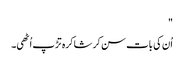
"
اُن کی بات سن کر شاکرہ تڑپ اُٹھی۔